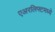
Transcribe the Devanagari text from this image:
एअरलिफ्टमध्ये